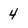
Character: 4